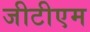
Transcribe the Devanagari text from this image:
जीटीएम